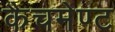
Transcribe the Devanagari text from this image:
कैचमेण्ट